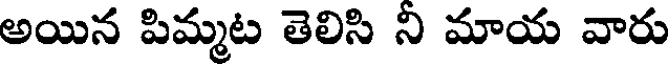
అయిన పిమ్మట తెలిసి ని మాయ వారు